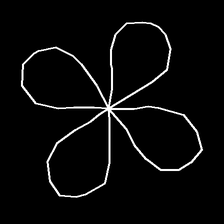
Glyph: billowing